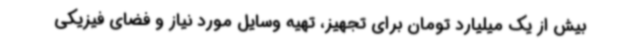
بیش از یک میلیارد تومان برای تجهیز، تهیه وسایل مورد نیاز و فضای فیزیکی